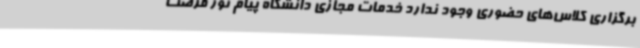
برگزاری کلاس‌های حضوری وجود ندارد خدمات مجازی دانشگاه پیام نور فرصت